Source: Handwritten
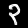
Digit: ၃ (3)